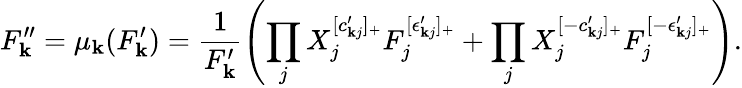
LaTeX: F_{\mathbf{k}}^{\prime\prime}=\mu_{\mathbf{k}}(F_{\mathbf{k}}^{\prime})=\frac{{1}}{{F_{\mathbf{k}}^{\prime}}}\left(\prod_{j}X_{j}^{[c_{\mathbf{k}j}^{\prime}]_{+}}F_{j}^{[\epsilon_{\mathbf{k}j}^{\prime}]_{+}}+\prod_{j}X_{j}^{[-c_{\mathbf{k}j}^{\prime}]_{+}}F_{j}^{[-\epsilon_{\mathbf{k}j}^{\prime}]_{+}}\right).